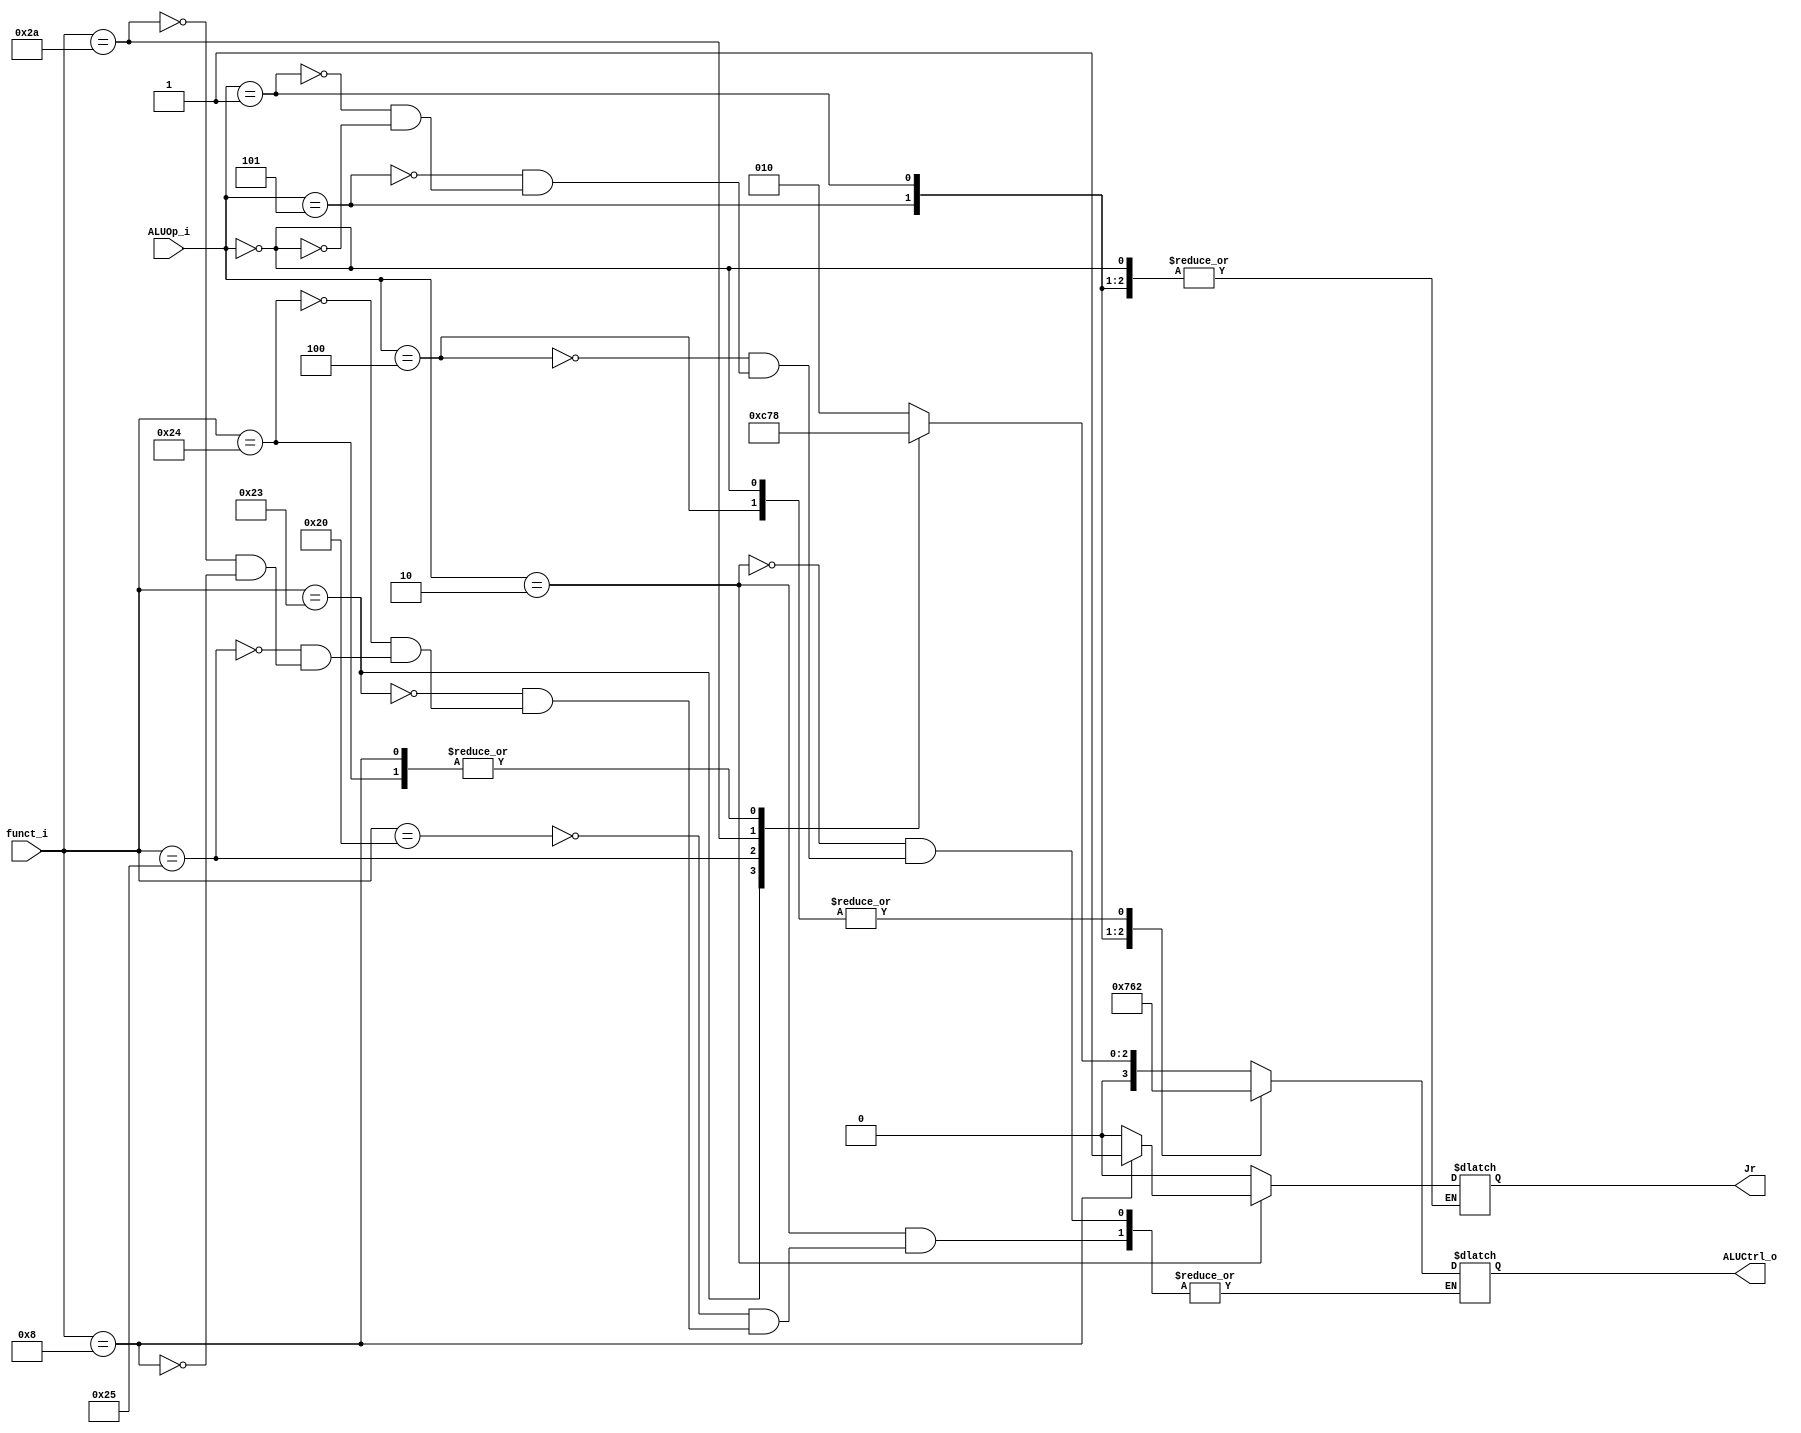
//Subject:     CO project 2 - ALU Controller
//--------------------------------------------------------------------------------
//Version:     1
//--------------------------------------------------------------------------------
//Writer:  0511105  
//----------------------------------------------
//----------------------------------------------
//Description: 
//--------------------------------------------------------------------------------

module ALU_Ctrl(
          funct_i,
          ALUOp_i,
          ALUCtrl_o,
	  Jr
          );
          
//I/O ports 
input      [6-1:0] funct_i;
input      [3-1:0] ALUOp_i;

output     [4-1:0] ALUCtrl_o;  
output     Jr;  
     
//Internal Signals
reg        [4-1:0] ALUCtrl_o;
reg         Jr;
//Parameter

       
//Select exact operation
always @(funct_i, ALUOp_i) begin
	case (ALUOp_i)
		3'b010: begin // R-format
			case (funct_i)
				6'b100000: begin
						 ALUCtrl_o <= 4'b0010; // add 2 0010 for add
						 Jr <= 0;
					   end
				6'b100011: begin 
						ALUCtrl_o <= 4'b0110; // subu 6
						Jr <= 0;
					   end
				6'b100100: begin 
						ALUCtrl_o <= 4'b0000; // and  0
						Jr <= 0;
					   end
				6'b100101: begin
						ALUCtrl_o <= 4'b0001; // or   1	
						Jr <= 0;
					   end
				6'b101010: begin
 						ALUCtrl_o <= 4'b0111; // slt  7
						Jr <= 0;
					   end
				6'b001000: begin
						Jr <= 1; ///jr ctrl
						ALUCtrl_o <= 4'b0000;
			
				end
				default: Jr <= 0;
			endcase
			end
		3'b100: ALUCtrl_o <= 4'b0010; // addi	
		3'b101: ALUCtrl_o <= 4'b0111; // sltiu 
		3'b001: ALUCtrl_o <= 4'b0110; // beq
		3'b000: ALUCtrl_o <= 4'b0010; // lw, sw
		default: Jr <= 0;
	endcase
end

endmodule